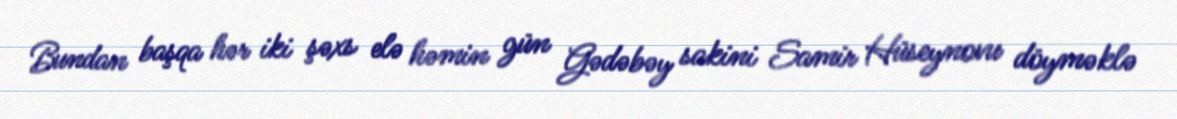
Bundan başqa hər iki şəxs elə həmin gün Gədəbəy sakini Samir Hüseynovu döyməklə